Senior Leaving Certificate Examination (including Day School Certificate (Higher) General paper), 1949
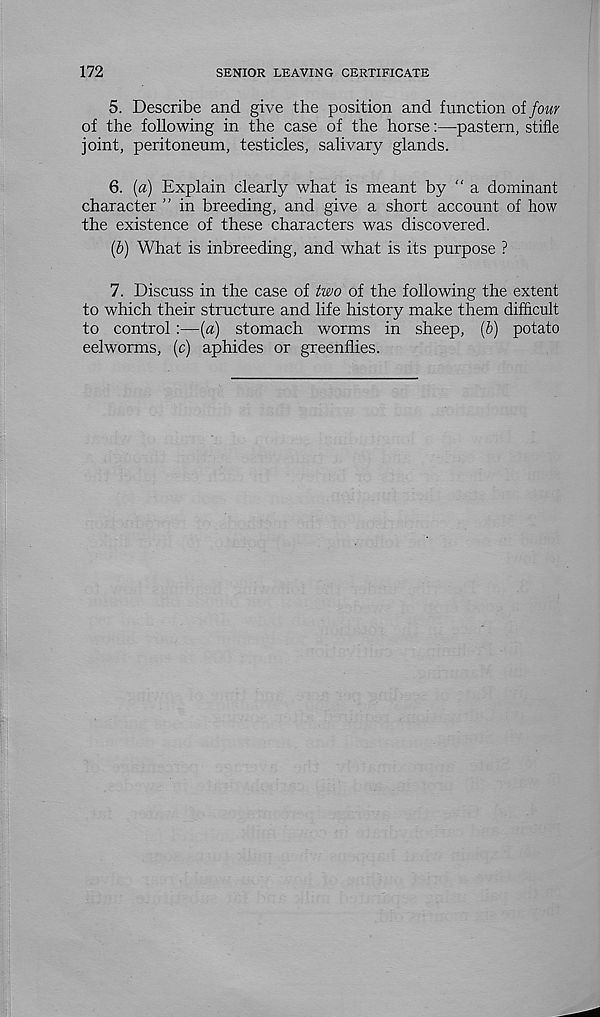
172
SENIOR LEAVING CERTIFICATE
5. Describe and give the position and function of four
of the following in the case of the horse:—pastern, stifle
joint, peritoneum, testicles, salivary glands.
6. [a) Explain clearly what is meant by “ a dominant
character ” in breeding, and give a short account of how
the existence of these characters was discovered.
(5) What is inbreeding, and what is its purpose ?
7. Discuss in the case of two of the following the extent
to which their structure and life history make them difficult
to control :—{a) stomach worms in sheep, (6) potato
eelworms, (c) aphides or greenflies.